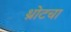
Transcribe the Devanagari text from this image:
थ्रोटचा